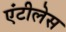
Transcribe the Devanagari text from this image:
एंटीलेस